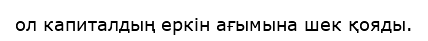
ол капиталдың еркін ағымына шек қояды.